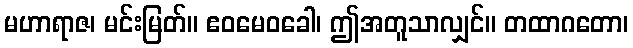
မဟာရာဇ၊ မင်းမြတ်။ ဧဝမေဝခေါ၊ ဤအတူသာလျှင်။ တထာဂတော၊